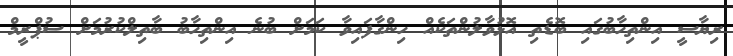
ރިޔާސީ އިންތިހާބުގައި ބޮޑެތި އޮޅުވާލުންތަކެއް ހިންގާފައިވާ ކަމަށް ބުނެ އިންތިހާބު ބާތިލްކުރުމަށް ސުޕްރީމް